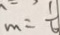
m = \frac { 1 } { 6 }